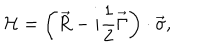
{ \cal H } = \left( \vec { R } - i \frac 1 2 \vec { \Gamma } \right) \cdot \vec { \sigma } ,